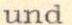
und